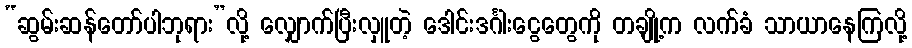
“ဆွမ်းဆန်တော်ပါဘုရား”လို့ လျှောက်ပြီးလှူတဲ့ ဒေါင်းဒင်္ဂါးငွေတွေကို တချို့က လက်ခံ သာယာနေကြလို့